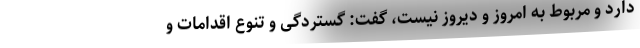
دارد و مربوط به امروز و دیروز نیست، گفت: گستردگی و تنوع اقدامات و